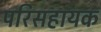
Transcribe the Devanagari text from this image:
परिसहायक